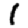
Digit: 1